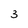
Character: 3